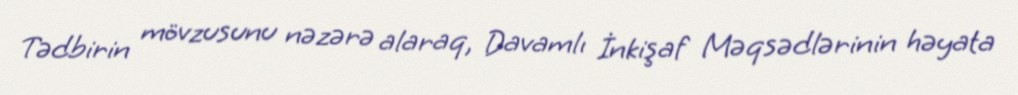
Tədbirin mövzusunu nəzərə alaraq, Davamlı İnkişaf Məqsədlərinin həyata